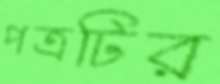
পত্রটির